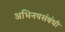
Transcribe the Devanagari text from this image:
अभिनयसंबंधी